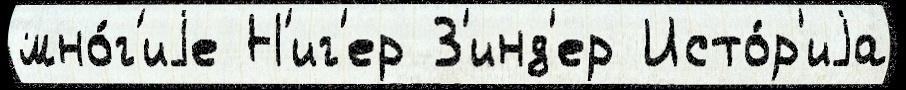
мно́г'иjе Н'иг'ер З'инд'ер Исто́р'иjа